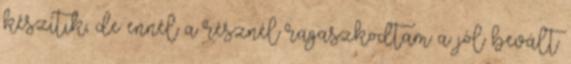
készítik, de ennél a résznél ragaszkodtam a jól bevált